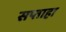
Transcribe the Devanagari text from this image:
सप्ताहा